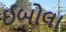
ઈબોલા